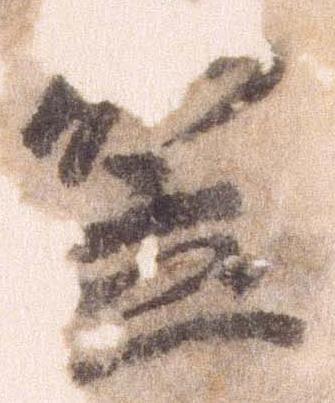
笠